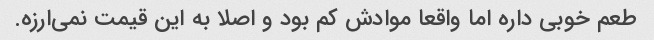
طعم خوبی داره اما واقعا موادش کم بود و اصلا به این قیمت نمی‌ارزه.